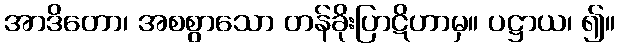
အာဒိတော၊ အစစွာသော တန်ခိုးပြာဋိဟာမှ။ ပဋ္ဌာယ၊ ၍။